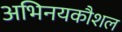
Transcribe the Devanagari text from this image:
अभिनयकौशल